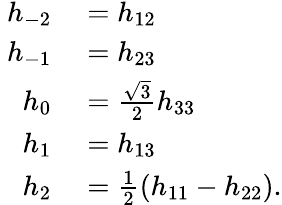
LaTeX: \begin{array}{rl}{h_{-2}}&{{}=h_{12}}\\ {\ h_{-1}}&{{}=h_{23}}\\ {h_{0}}&{{}=\frac{\sqrt{3}}{2}h_{33}}\\ {h_{1}}&{{}=h_{13}}\\ {h_{2}}&{{}=\frac 12(h_{11}-h_{22}).}\end{array}